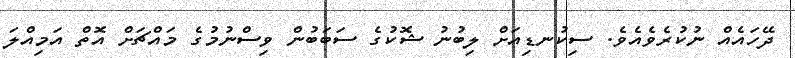
ދޭހައެއް ނުކުރެވެއެވެ. ސިކުނޑިއަށް ލިބުނު ޝޮކުގެ ސަބަބުން ވިސްނުމުގެ މައްޗަށް އޮތް އަމިއްލަ